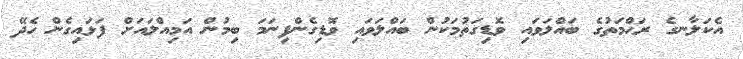
އެކަލާނގެ ރަޙްމަތުގެ ބައްލަވައި ވޮޑިގަތުމަކުން ބައްލަވައި ވޮޑިގެންފިނަމަ ބިމުން އަމިއްލައަށް ފަޅައިގެން ހެދޭ